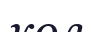
кол